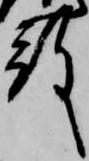
殿